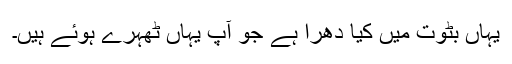
یہاں بٹوت میں کیا دھرا ہے جو آپ یہاں ٹھہرے ہوئے ہیں۔